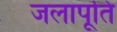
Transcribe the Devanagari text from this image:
जलापूति